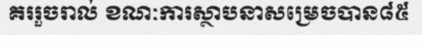
គររួចរាល់ ខណៈការស្ថាបនាសម្រេចបាន៨៥